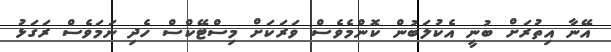
އޭނާ އިތުރަށް ބުނީ އެކުލަބުން ކޮންމެވެސް ވަރަކަށް މިސްޓޭކްސް ހެދި ނަމަވެސް ރަގަޅު